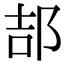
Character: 郆